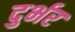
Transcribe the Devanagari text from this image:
दुर्भर